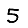
Digit: 5